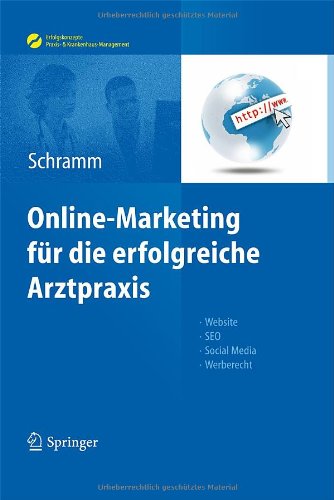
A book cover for Online-Marketing fÃ¼r die erfolgreiche Arztpraxis: Website, SEO, Social Media, Werberecht (Erfolgskonzepte Praxis- & Krankenhaus-Management) (German Edition); Medical Books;